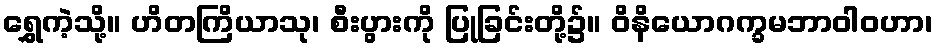
ရွှေကဲ့သို့။ ဟိတကြိယာသု၊ စီးပွားကို ပြုခြင်းတို့၌။ ဝိနိယောဂက္ခမဘာဝါဝဟာ၊